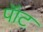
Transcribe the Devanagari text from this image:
पॅाट